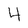
Character: 4